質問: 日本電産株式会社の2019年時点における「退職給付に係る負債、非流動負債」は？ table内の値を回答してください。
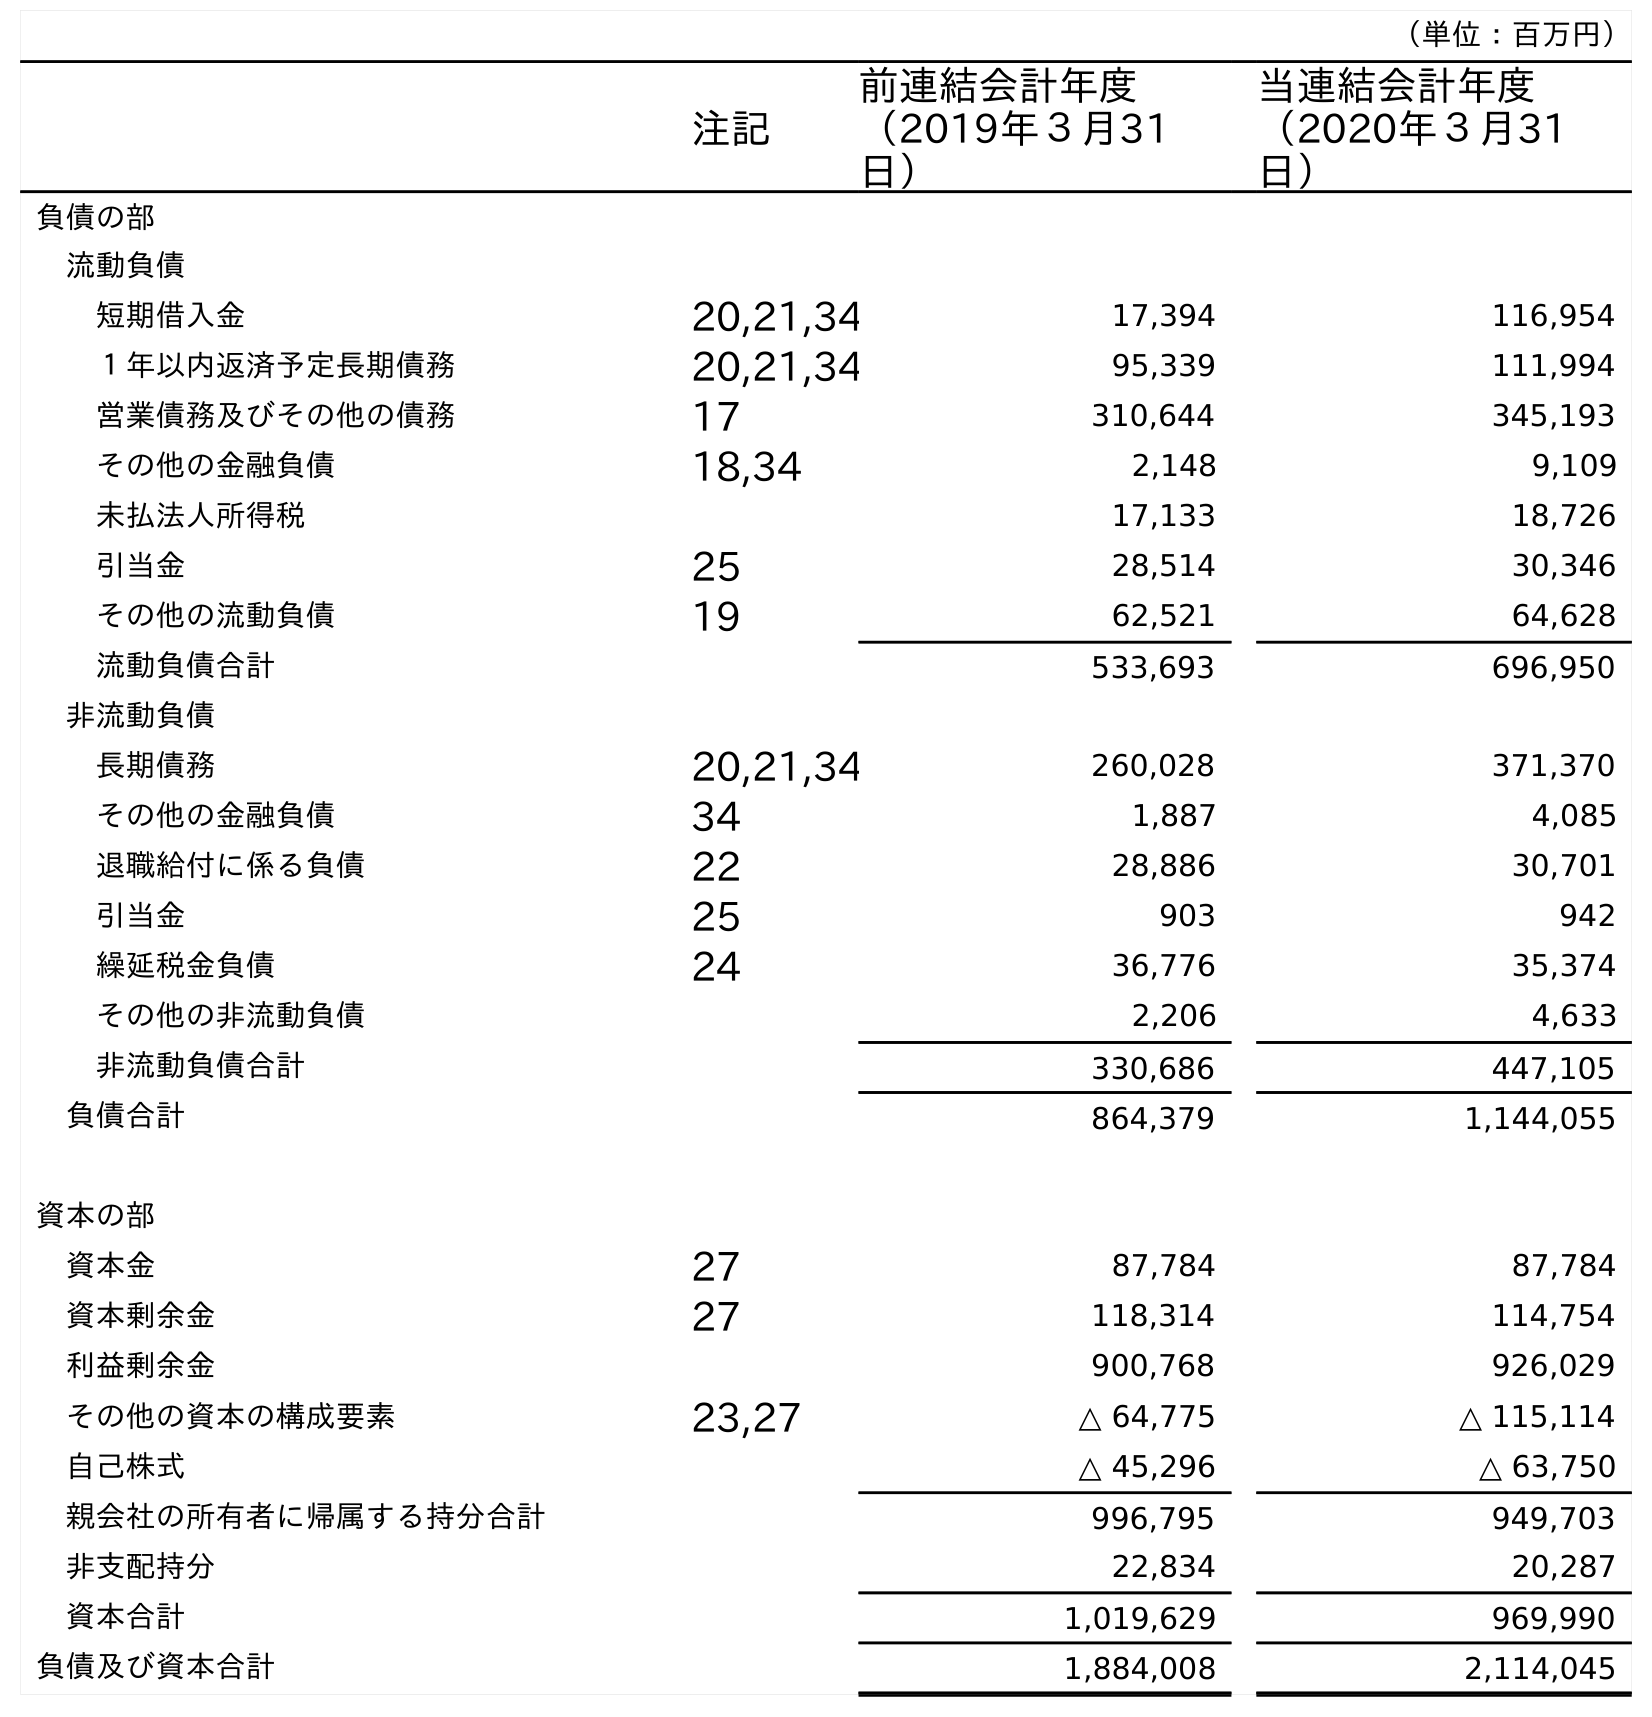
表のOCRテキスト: （単位：百万円） 注記 前連結会計年度 （2019年３月31 日） 当連結会計年度 （2020年３月31 日） 負債の部 流動負債 短期借入金 20,21,34 17,394 116,954 １年以内返済予定長期債務 20,21,34 95,339 111,994 営業債務及びその他の債務 17 310,644 345,193 その他の金融負債 18,34 2,148 9,109 未払法人所得税 17,133 18,726 引当金 25 28,514 30,346 その他の流動負債 19 62,521 64,628 流動負債合計 533,693 696,950 非流動負債 長期債務 20,21,34 260,028 371,370 その他の金融負債 34 1,887 4,085 退職給付に係る負債 22 28,886 30,701 引当金 25 903 942 繰延税金負債 24 36,776 35,374 その他の非流動負債 2,206 4,633 非流動負債合計 330,686 447,105 負債合計 864,379 1,144,055 資本の部 資本金 27 87,784 87,784 資本剰余金 27 118,314 114,754 利益剰余金 900,768 926,029 その他の資本の構成要素 23,27 △ 64,775 △ 115,114 自己株式 △ 45,296 △ 63,750 親会社の所有者に帰属する持分合計 996,795 949,703 非支配持分 22,834 20,287 資本合計 1,019,629 969,990 負債及び資本合計 1,884,008 2,114,045
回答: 28,886